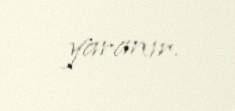
yaranır.